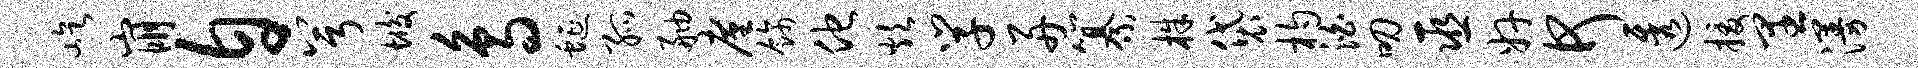
屹崩自兮垢鸟蜒孤舳廑饰他炊学舟纂株袋杓泊叨巫奸何透援里漫